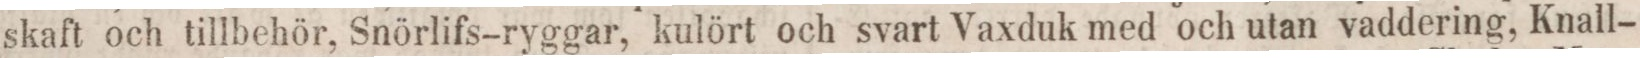
skaft och tillbehör, Snörlifs-ryggar, kulört och svart Vaxduk med och utan vaddering, Knall-